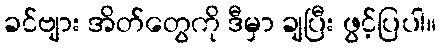
ခင်ဗျား အိတ်တွေကို ဒီမှာ ချပြီး ဖွင့်ပြပါ။